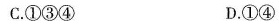
C.①③④ D.①④